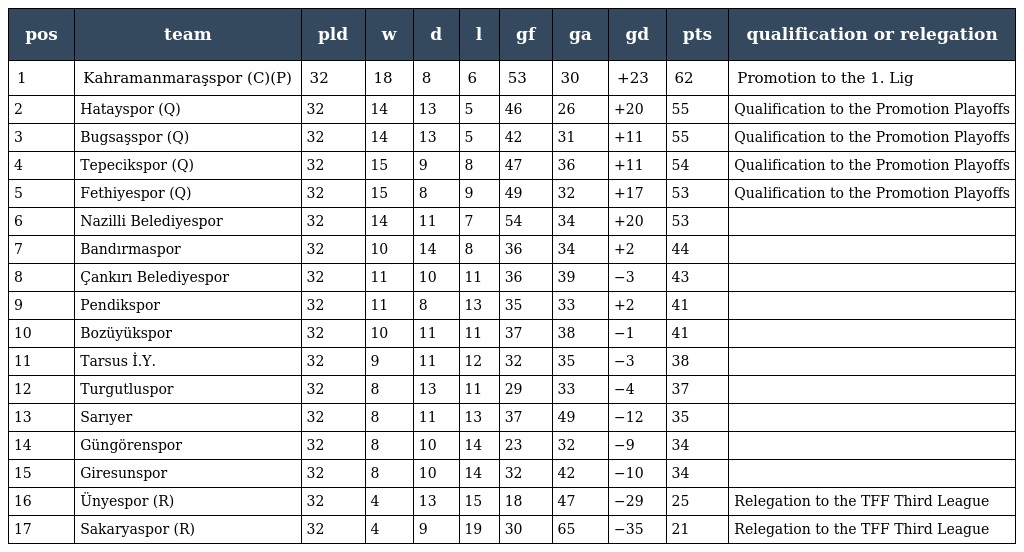
| pos | team | pld | w | d | l | gf | ga | gd | pts | qualification or relegation |
 | --- | --- | --- | --- | --- | --- | --- | --- | --- | --- | --- |
 | 1 | Kahramanmaraşspor (C)(P) | 32 | 18 | 8 | 6 | 53 | 30 | +23 | 62 | Promotion to the 1. Lig |
 | 2 | Hatayspor (Q) | 32 | 14 | 13 | 5 | 46 | 26 | +20 | 55 | Qualification to the Promotion Playoffs |
 | 3 | Bugsaşspor (Q) | 32 | 14 | 13 | 5 | 42 | 31 | +11 | 55 | Qualification to the Promotion Playoffs |
 | 4 | Tepecikspor (Q) | 32 | 15 | 9 | 8 | 47 | 36 | +11 | 54 | Qualification to the Promotion Playoffs |
 | 5 | Fethiyespor (Q) | 32 | 15 | 8 | 9 | 49 | 32 | +17 | 53 | Qualification to the Promotion Playoffs |
 | 6 | Nazilli Belediyespor | 32 | 14 | 11 | 7 | 54 | 34 | +20 | 53 |  |
 | 7 | Bandırmaspor | 32 | 10 | 14 | 8 | 36 | 34 | +2 | 44 |  |
 | 8 | Çankırı Belediyespor | 32 | 11 | 10 | 11 | 36 | 39 | −3 | 43 |  |
 | 9 | Pendikspor | 32 | 11 | 8 | 13 | 35 | 33 | +2 | 41 |  |
 | 10 | Bozüyükspor | 32 | 10 | 11 | 11 | 37 | 38 | −1 | 41 |  |
 | 11 | Tarsus İ.Y. | 32 | 9 | 11 | 12 | 32 | 35 | −3 | 38 |  |
 | 12 | Turgutluspor | 32 | 8 | 13 | 11 | 29 | 33 | −4 | 37 |  |
 | 13 | Sarıyer | 32 | 8 | 11 | 13 | 37 | 49 | −12 | 35 |  |
 | 14 | Güngörenspor | 32 | 8 | 10 | 14 | 23 | 32 | −9 | 34 |  |
 | 15 | Giresunspor | 32 | 8 | 10 | 14 | 32 | 42 | −10 | 34 |  |
 | 16 | Ünyespor (R) | 32 | 4 | 13 | 15 | 18 | 47 | −29 | 25 | Relegation to the TFF Third League |
 | 17 | Sakaryaspor (R) | 32 | 4 | 9 | 19 | 30 | 65 | −35 | 21 | Relegation to the TFF Third League |